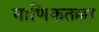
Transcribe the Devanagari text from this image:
माणिकतल्ला